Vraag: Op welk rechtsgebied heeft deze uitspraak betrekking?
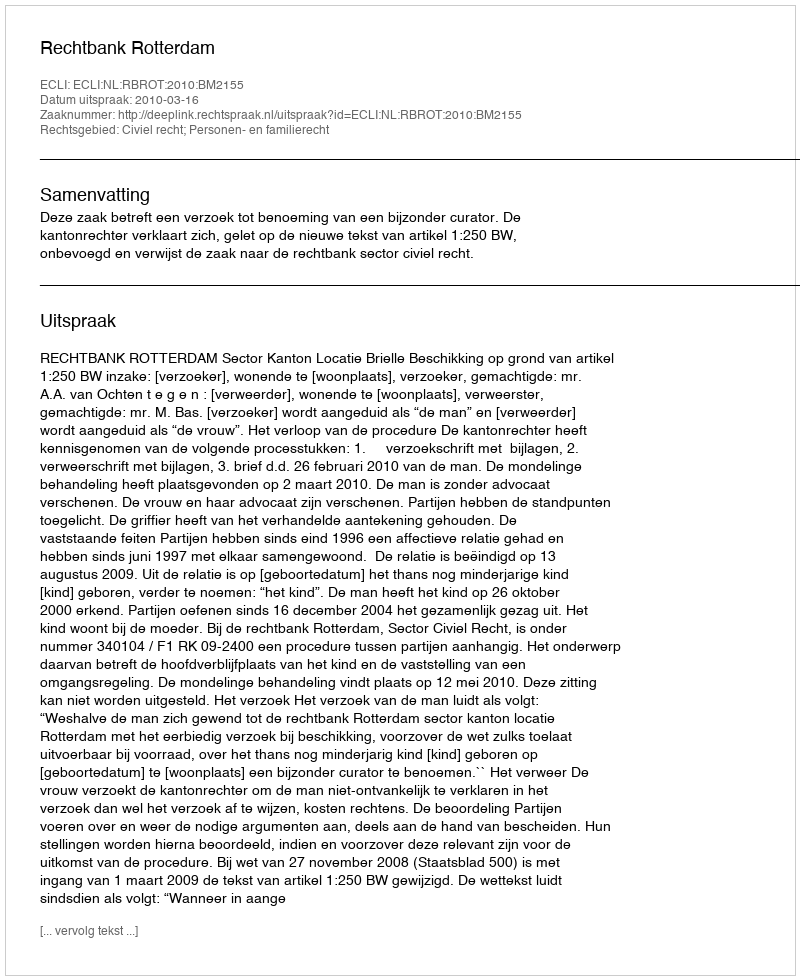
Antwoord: Civiel recht; Personen- en familierecht